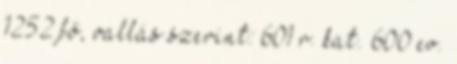
1252 fő, vallás szerint: 601 r. kat. 600 ev.